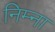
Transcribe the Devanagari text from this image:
निम्ना